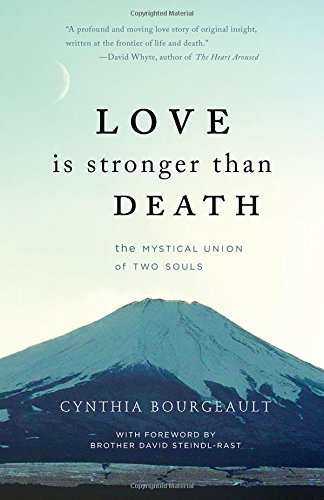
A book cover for Love is Stronger than Death: The Mystical Union of Two Souls; Cynthia Bourgeault; Religion & Spirituality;